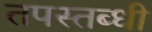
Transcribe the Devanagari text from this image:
तपस्तब्धी